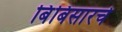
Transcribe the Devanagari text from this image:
बिंबिसारचे